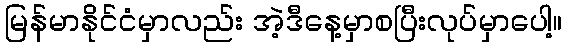
မြန်မာနိုင်ငံမှာလည်း အဲ့ဒီနေ့မှာစပြီးလုပ်မှာပေါ့။